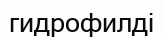
гидрофилді